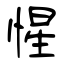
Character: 惺